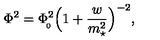
\Phi ^ { 2 } = \Phi _ { \! _ { 0 } } ^ { 2 } \Big ( 1 + { \frac { w } { m _ { \star } ^ { 2 } } } \Big ) ^ { - 2 } ,